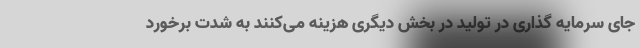
جای سرمایه گذاری در تولید در بخش دیگری هزینه می‌کنند به شدت برخورد